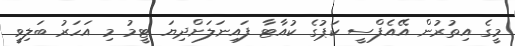
މީގެ އިތުރުން އޭއެފްސީ ކަޕުގެ ކުއާޓާ ފައިނަލަށްދިޔަ ޓީމު މި އަހަރު ބަލިވީ